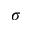
\sigma